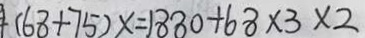
( 6 8 + 7 5 ) x = 1 8 8 0 + 6 8 \times 3 \times 2